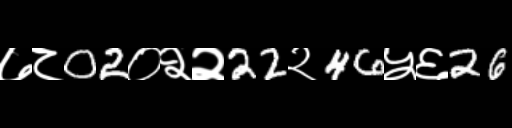
Text: ७८02०२२22२46५६26